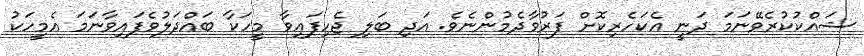
ޝައްކުކުރެވޭނަމަ ދަނީ އެކަހެރިކޮށް ފަރުވާދެމުންނެވެ. އަދި ބަލި ޖެހިފައިވާ މީހަކާ ބައްދަލުވެފައިވާނަމަ އެމީހަކު